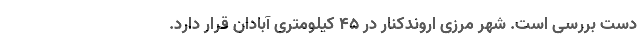
دست بررسی است. شهر مرزی اروندکنار در ۴۵ کیلومتری آبادان قرار دارد.